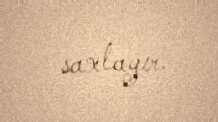
saxlayır.